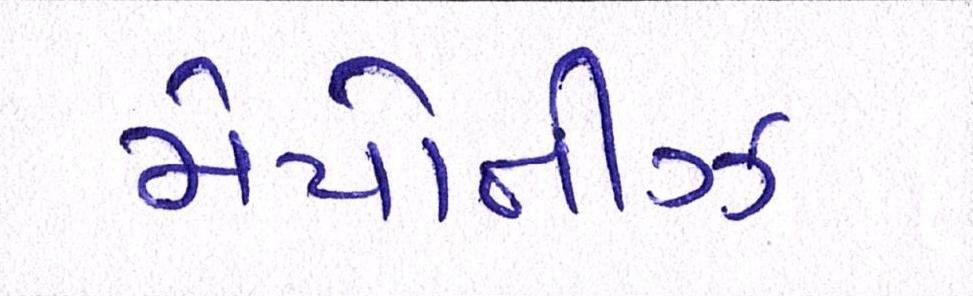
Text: મેયોનીઝ